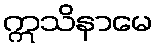
ဣသိနာမေ